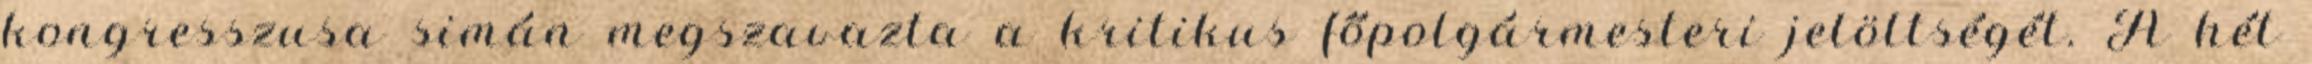
kongresszusa simán megszavazta a kritikus főpolgármesteri jelöltségét. A hét